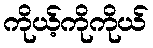
ကိုယ့်ကိုကိုယ်